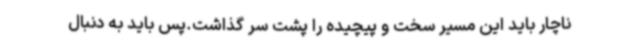
ناچار باید این مسیر سخت و پیچیده را پشت سر گذاشت.پس باید به دنبال